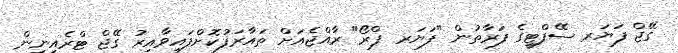
ގޭޖް ފަޔަރ ސޭފްޓީގެ ފަރާތުން "ފަޔަރ ޕްރޯ" ރާއްޖެއަށް ތައާރަފުކޮށްފައިވާއިރު ގޭޖް ޓްރެއިނިން